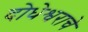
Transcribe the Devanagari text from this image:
दोधेश्वराचे